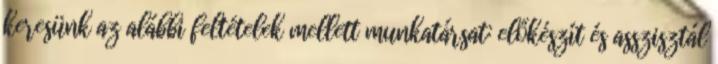
keresünk az alábbi feltételek mellett munkatársat: előkészít és asszisztál